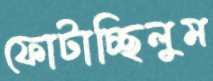
ফোটাচ্ছিলুম